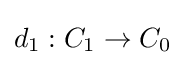
d_{1}:C_{1}\to C_{0}